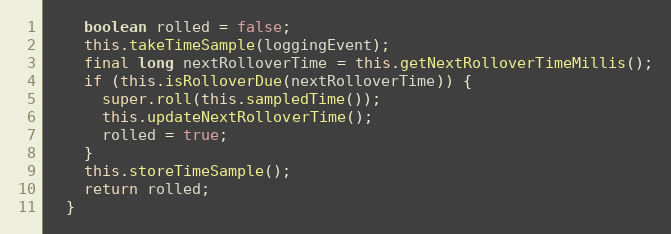
Language: Java
    boolean rolled = false;
    this.takeTimeSample(loggingEvent);
    final long nextRolloverTime = this.getNextRolloverTimeMillis();
    if (this.isRolloverDue(nextRolloverTime)) {
      super.roll(this.sampledTime());
      this.updateNextRolloverTime();
      rolled = true;
    }
    this.storeTimeSample();
    return rolled;
  }